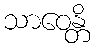
သာဝေန္တိ